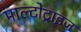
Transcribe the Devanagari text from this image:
माल्टोट्राइज